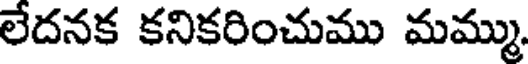
లేదనక కనికరించుము మమ్ము.